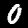
Digit: 0